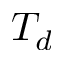
T _ { d }